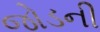
જોડની